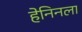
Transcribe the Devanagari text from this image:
हेनिनला